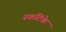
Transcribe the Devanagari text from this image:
स्फटिके